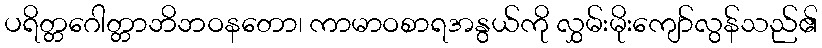
ပရိတ္တဂေါတ္တာဘိဘဝနတော၊ ကာမာဝစာရအနွယ်ကို လွှမ်းမိုးကျော်လွန်သည်၏